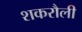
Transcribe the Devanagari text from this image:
शकरौली